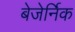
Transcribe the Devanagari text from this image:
बेजेर्निक